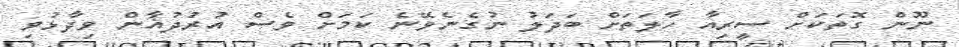
ނޫން ގޮތަކަށް ސީރިއާ ހާލަތަށް ބަދަލު ނުގެނެވޭނެ ކަމަށް ވެސް އުރުދުޣާން ވިދާޅުވި